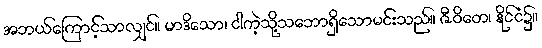
အဘယ်ကြောင့်သာလျှင်။ မာဒိသော၊ ငါကဲ့သို့သဘောရှိသောမင်းသည်။ ဇီဝိတေ၊ နိုင်ငံ၌။